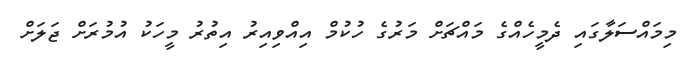
މިމައްސަލާގައި ދެމީހެއްގެ މައްޗަށް މަރުގެ ހުކުމް އިއްވިއިރު އިތުރު މީހަކު އުމުރަށް ޖަލަށް